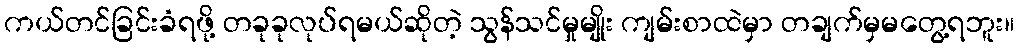
ကယ်တင်ခြင်းခံရဖို့ တခုခုလုပ်ရမယ်ဆိုတဲ့ သွန်သင်မှုမျိုး ကျမ်းစာထဲမှာ တချက်မှမတွေ့ရဘူး။